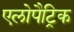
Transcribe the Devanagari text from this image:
एलोपैट्रिक